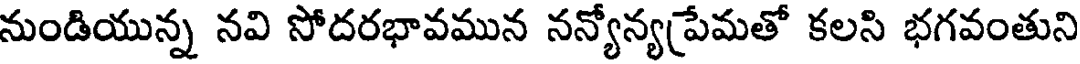
నుండియున్న నవి సోదరభావమున నన్యోన్యప్రేమతో కలసి భగవంతుని